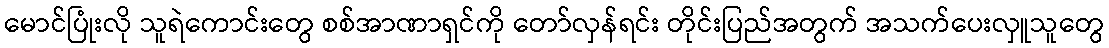
မောင်ပြုံးလို သူရဲကောင်းတွေ စစ်အာဏာရှင်ကို တော်လှန်ရင်း တိုင်းပြည်အတွက် အသက်ပေးလှူသူတွေ